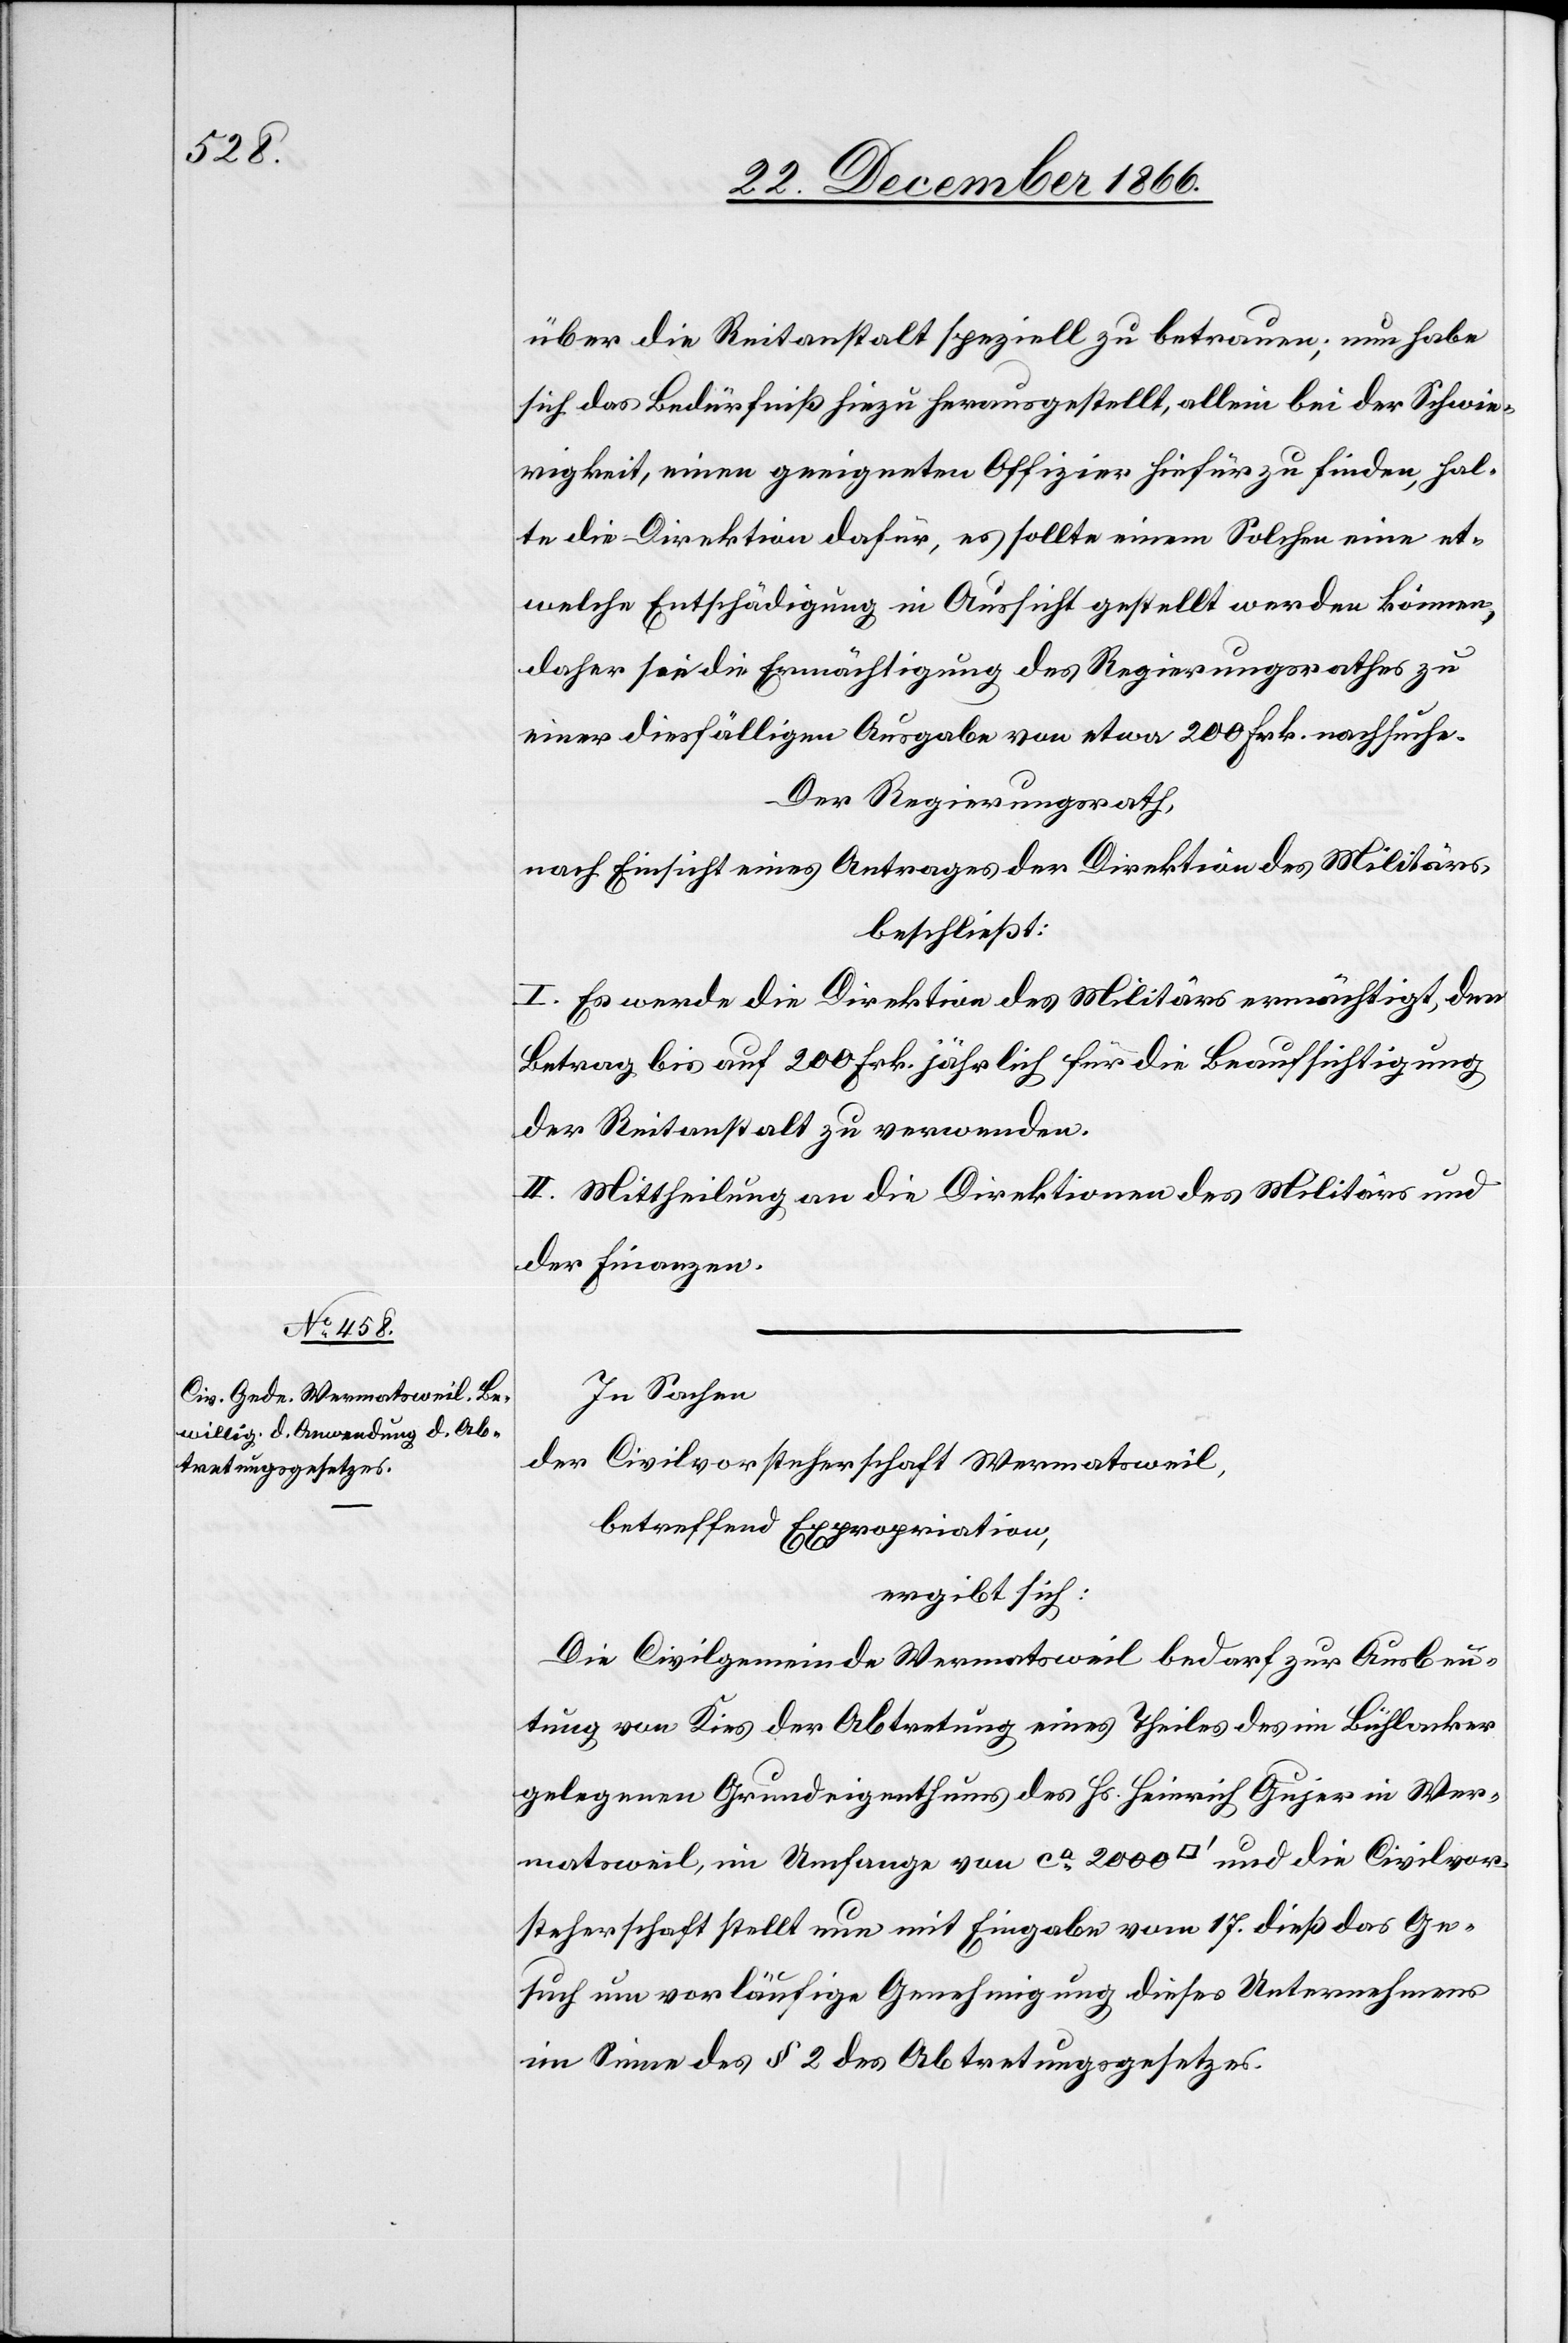
über die Reitanstalt speziell zu betrauen; nun habe
sich das Bedürfniß hiezu herausgestellt, allein bei der Schwie¬
rigkeit, einen geeigneten Offizier hiefür zu finden, hal¬
te die Direktion dafür, es sollte einem Solchen eine et¬
welche Entschädigung in Aussicht gestellt werden können,
daher sie die Ermächtigung des Regierungsrathes zu
einer diesfälligen Ausgabe von etwa 200 Frk. nachsuche.
Der Regierungsrath,
nach Einsicht eines Antrages der Direktion des Militärs,
beschließt:
I. Es werde die Direktion des Militärs ermächtigt, den
Betrag bis auf 200 Frk. jährlich für die Beaufsichtigung
der Reitanstalt zu verwenden.
II. Mittheilung an die Direktionen des Militärs und
der Finanzen.
In Sachen
der Civilvorsteherschaft Wermatsweil,
betreffend Expropriation,
ergibt sich:
Die Civilgemeinde Wermatsweil bedarf zur Ausbeu¬
tung von Kies der Abtretung eines Theiles des im Bühlacker
gelegenen Grundeigenthums des Hs. Heinrich Gujer in Wer¬
matsweil, im Umfange von ca. 2000 [Quadratfuß] und die Civilvor¬
steherschaft stellt nun mit Eingabe vom 17. dieß das Ge¬
such um vorläufige Genehmigung dieses Unternehmens
im Sinne des § 2 des Abtretungsgesetzes.